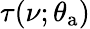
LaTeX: \tau(\nu;\theta_{\mathrm{a}})